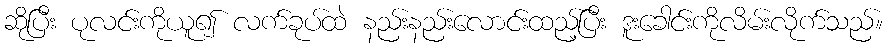
ဆိုပြီး ပုလင်းကိုယူ၍ လက်ခုပ်ထဲ နည်းနည်းလောင်းထည့်ပြီး ဒူးခေါင်းကိုလိမ်းလိုက်သည်။